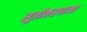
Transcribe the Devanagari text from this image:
सूत्रीकरणाचा